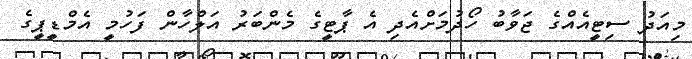
މިއަދު ސިޓީއެއްގެ ޖަވާބު ހޯދުމަށްއެދި އެ ޕާޓީގެ މެންބަރު އަލްހާން ފަހުމީ އެމްޑީޕީގެ